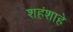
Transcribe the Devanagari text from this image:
शहंशाहे